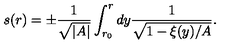
s ( r ) = \pm \frac { 1 } { \sqrt { \vert A \vert } } \int _ { r _ { 0 } } ^ { r } d y \frac { 1 } { \sqrt { 1 - \xi ( y ) / A } } .